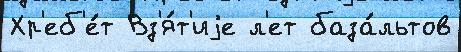
Хр'еб'е́т Вз'я́т'иjе л'ет база́льтов